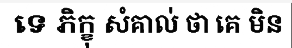
ទេ ភិក្ខុ សំគាល់ ថា គេ មិន